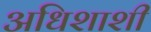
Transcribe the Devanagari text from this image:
अधिशाशी